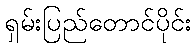
ရှမ်းပြည်တောင်ပိုင်း